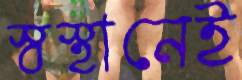
স্বস্থানেই